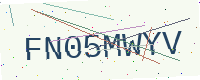
Text: FN05MWYV